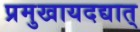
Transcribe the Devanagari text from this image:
प्रमुखायदद्यात्